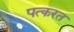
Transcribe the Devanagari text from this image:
पत्करत